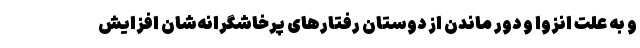
و به علت انزوا و دور ماندن از دوستان رفتارهای پرخاشگرانه‌شان افزایش